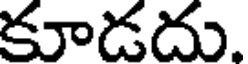
కూడదు.